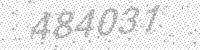
Solution: 484031